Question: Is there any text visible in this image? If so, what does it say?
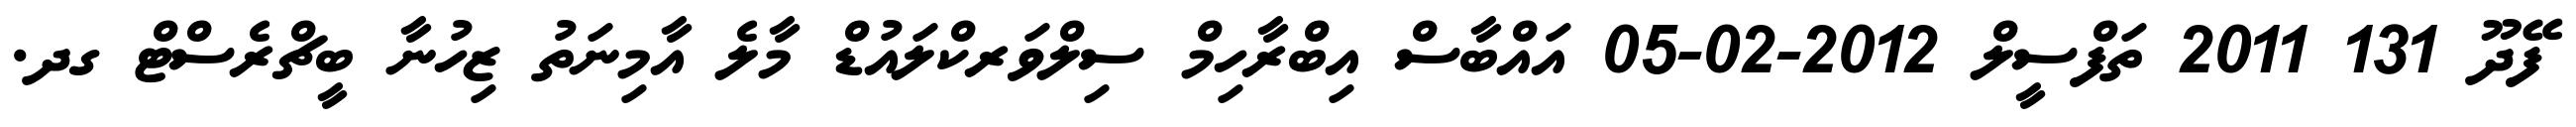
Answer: ފޭދޫ 131 2011 ތަފްސީލް 2012-02-05 އައްބާސް އިބްރާހިމް ސިލްވަރކްލައުޑް މާލެ އާމިނަތު ޒިހުނާ ބީޗްރެސްޓް ގދ.